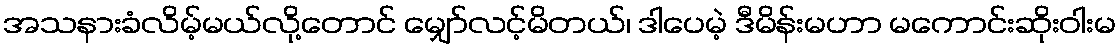
အသနားခံလိမ့်မယ်လို့တောင် မျှော်လင့်မိတယ်၊ ဒါပေမဲ့ ဒီမိန်းမဟာ မကောင်းဆိုးဝါးမ